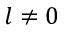
l \neq 0